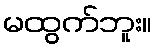
မထွက်ဘူး။